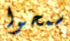
سمحوا